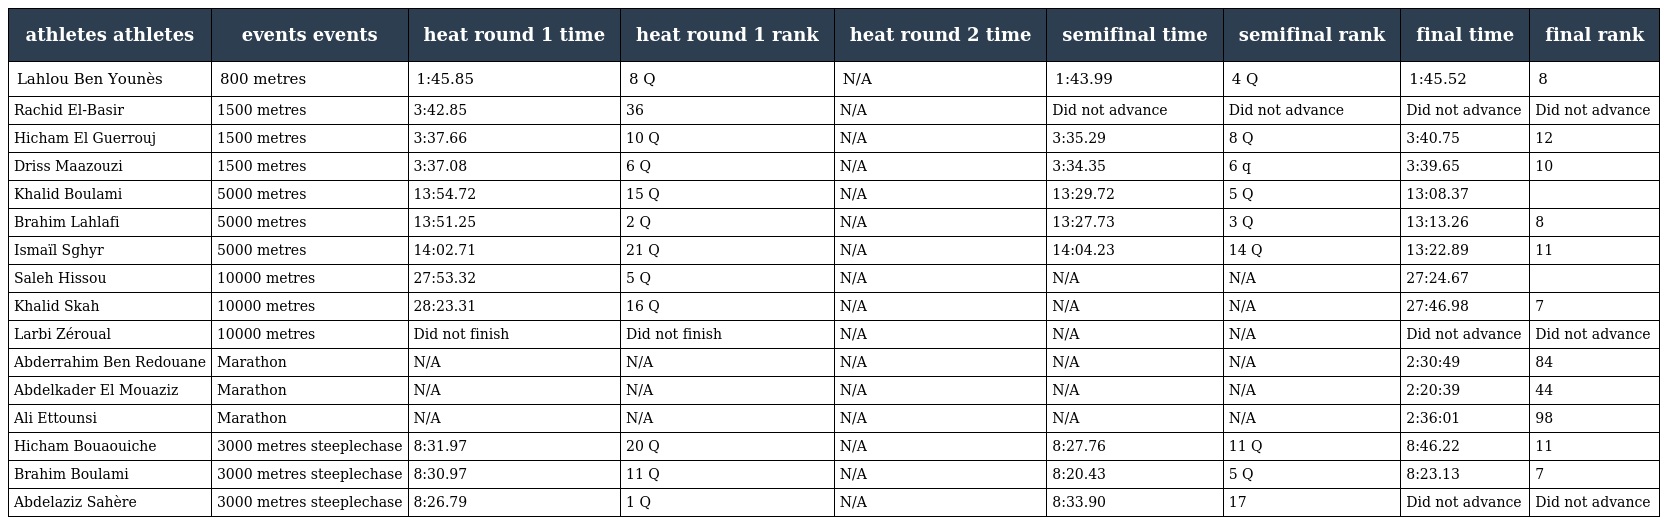
| athletes athletes | events events | heat round 1 time | heat round 1 rank | heat round 2 time | semifinal time | semifinal rank | final time | final rank |
 | --- | --- | --- | --- | --- | --- | --- | --- | --- |
 | Lahlou Ben Younès | 800 metres | 1:45.85 | 8 Q | N/A | 1:43.99 | 4 Q | 1:45.52 | 8 |
 | Rachid El-Basir | 1500 metres | 3:42.85 | 36 | N/A | Did not advance | Did not advance | Did not advance | Did not advance |
 | Hicham El Guerrouj | 1500 metres | 3:37.66 | 10 Q | N/A | 3:35.29 | 8 Q | 3:40.75 | 12 |
 | Driss Maazouzi | 1500 metres | 3:37.08 | 6 Q | N/A | 3:34.35 | 6 q | 3:39.65 | 10 |
 | Khalid Boulami | 5000 metres | 13:54.72 | 15 Q | N/A | 13:29.72 | 5 Q | 13:08.37 |  |
 | Brahim Lahlafi | 5000 metres | 13:51.25 | 2 Q | N/A | 13:27.73 | 3 Q | 13:13.26 | 8 |
 | Ismaïl Sghyr | 5000 metres | 14:02.71 | 21 Q | N/A | 14:04.23 | 14 Q | 13:22.89 | 11 |
 | Saleh Hissou | 10000 metres | 27:53.32 | 5 Q | N/A | N/A | N/A | 27:24.67 |  |
 | Khalid Skah | 10000 metres | 28:23.31 | 16 Q | N/A | N/A | N/A | 27:46.98 | 7 |
 | Larbi Zéroual | 10000 metres | Did not finish | Did not finish | N/A | N/A | N/A | Did not advance | Did not advance |
 | Abderrahim Ben Redouane | Marathon | N/A | N/A | N/A | N/A | N/A | 2:30:49 | 84 |
 | Abdelkader El Mouaziz | Marathon | N/A | N/A | N/A | N/A | N/A | 2:20:39 | 44 |
 | Ali Ettounsi | Marathon | N/A | N/A | N/A | N/A | N/A | 2:36:01 | 98 |
 | Hicham Bouaouiche | 3000 metres steeplechase | 8:31.97 | 20 Q | N/A | 8:27.76 | 11 Q | 8:46.22 | 11 |
 | Brahim Boulami | 3000 metres steeplechase | 8:30.97 | 11 Q | N/A | 8:20.43 | 5 Q | 8:23.13 | 7 |
 | Abdelaziz Sahère | 3000 metres steeplechase | 8:26.79 | 1 Q | N/A | 8:33.90 | 17 | Did not advance | Did not advance |